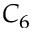
C _ { 6 }